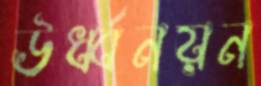
ঊর্ধ্বনয়ন